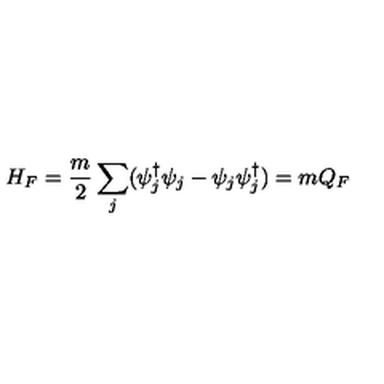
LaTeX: H _ { F } = \frac { m } { 2 } \sum _ { j } ( \psi _ { j } ^ { \dagger } \psi _ { j } - \psi _ { j } \psi _ { j } ^ { \dagger } ) = m Q _ { F }